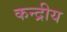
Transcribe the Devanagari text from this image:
कन्द्रीय